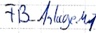
Text: FB_Anlage.M1